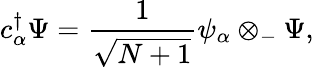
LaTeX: c_{\alpha}^{\dagger}\Psi={\frac{1}{\sqrt{N+1}}}\psi_{\alpha}\otimes_{-}\Psi,